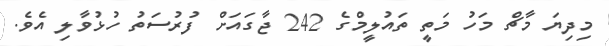
މިދިޔަ މާޗް މަހު މަތީ ތައުލީމްގެ 242 ޖާގައަށް ފުރުސަތު ހުޅުވާލި އެވެ.